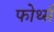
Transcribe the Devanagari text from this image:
फोर्थ्स